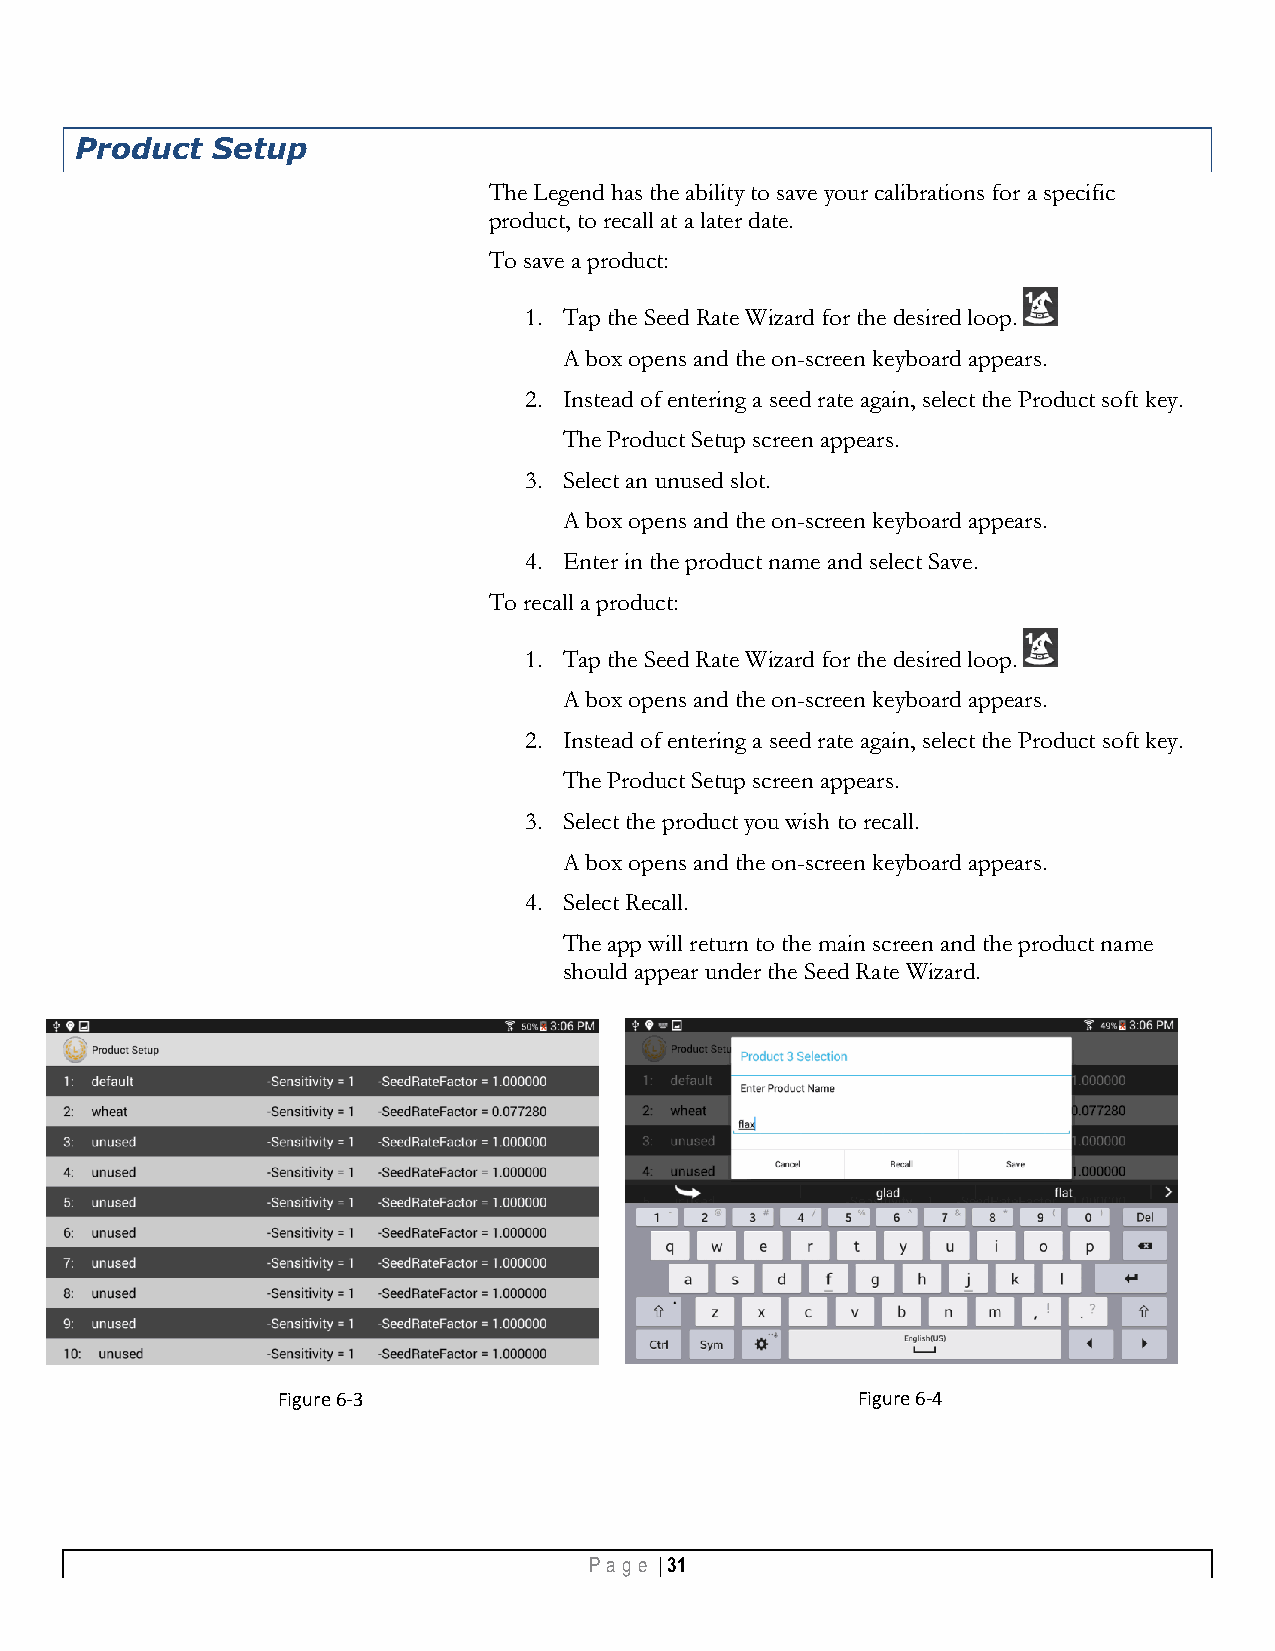
Product  Setup
 The Legend has the ability to save your calibrations for a specific
 product, to recall at a later date.
 To save a product:
 1. Tap the Seed Rate Wizard for the desired loop.
 A box opens and the on-screen keyboard appears.
 2. Instead of entering a seed rate again, select the Product soft key.
 The Product Setup screen appears.
 3. Select an unused slot.
 A box opens and the on-screen keyboard appears.
 4. Enter in the product name and select Save.
 To recall a product:
 1. Tap the Seed Rate Wizard for the desired loop.
 A box opens and the on-screen keyboard appears.
 2. Instead of entering a seed rate again, select the Product soft key.
 The Product Setup screen appears.
 3. Select the product you wish to recall.
 A box opens and the on-screen keyboard appears.
 4. Select Recall.
 The app will return to the main screen and the product name
 should appear under the Seed Rate Wizard.
 Figure 6-3                             Figure 6-4
 Pa g e | 31